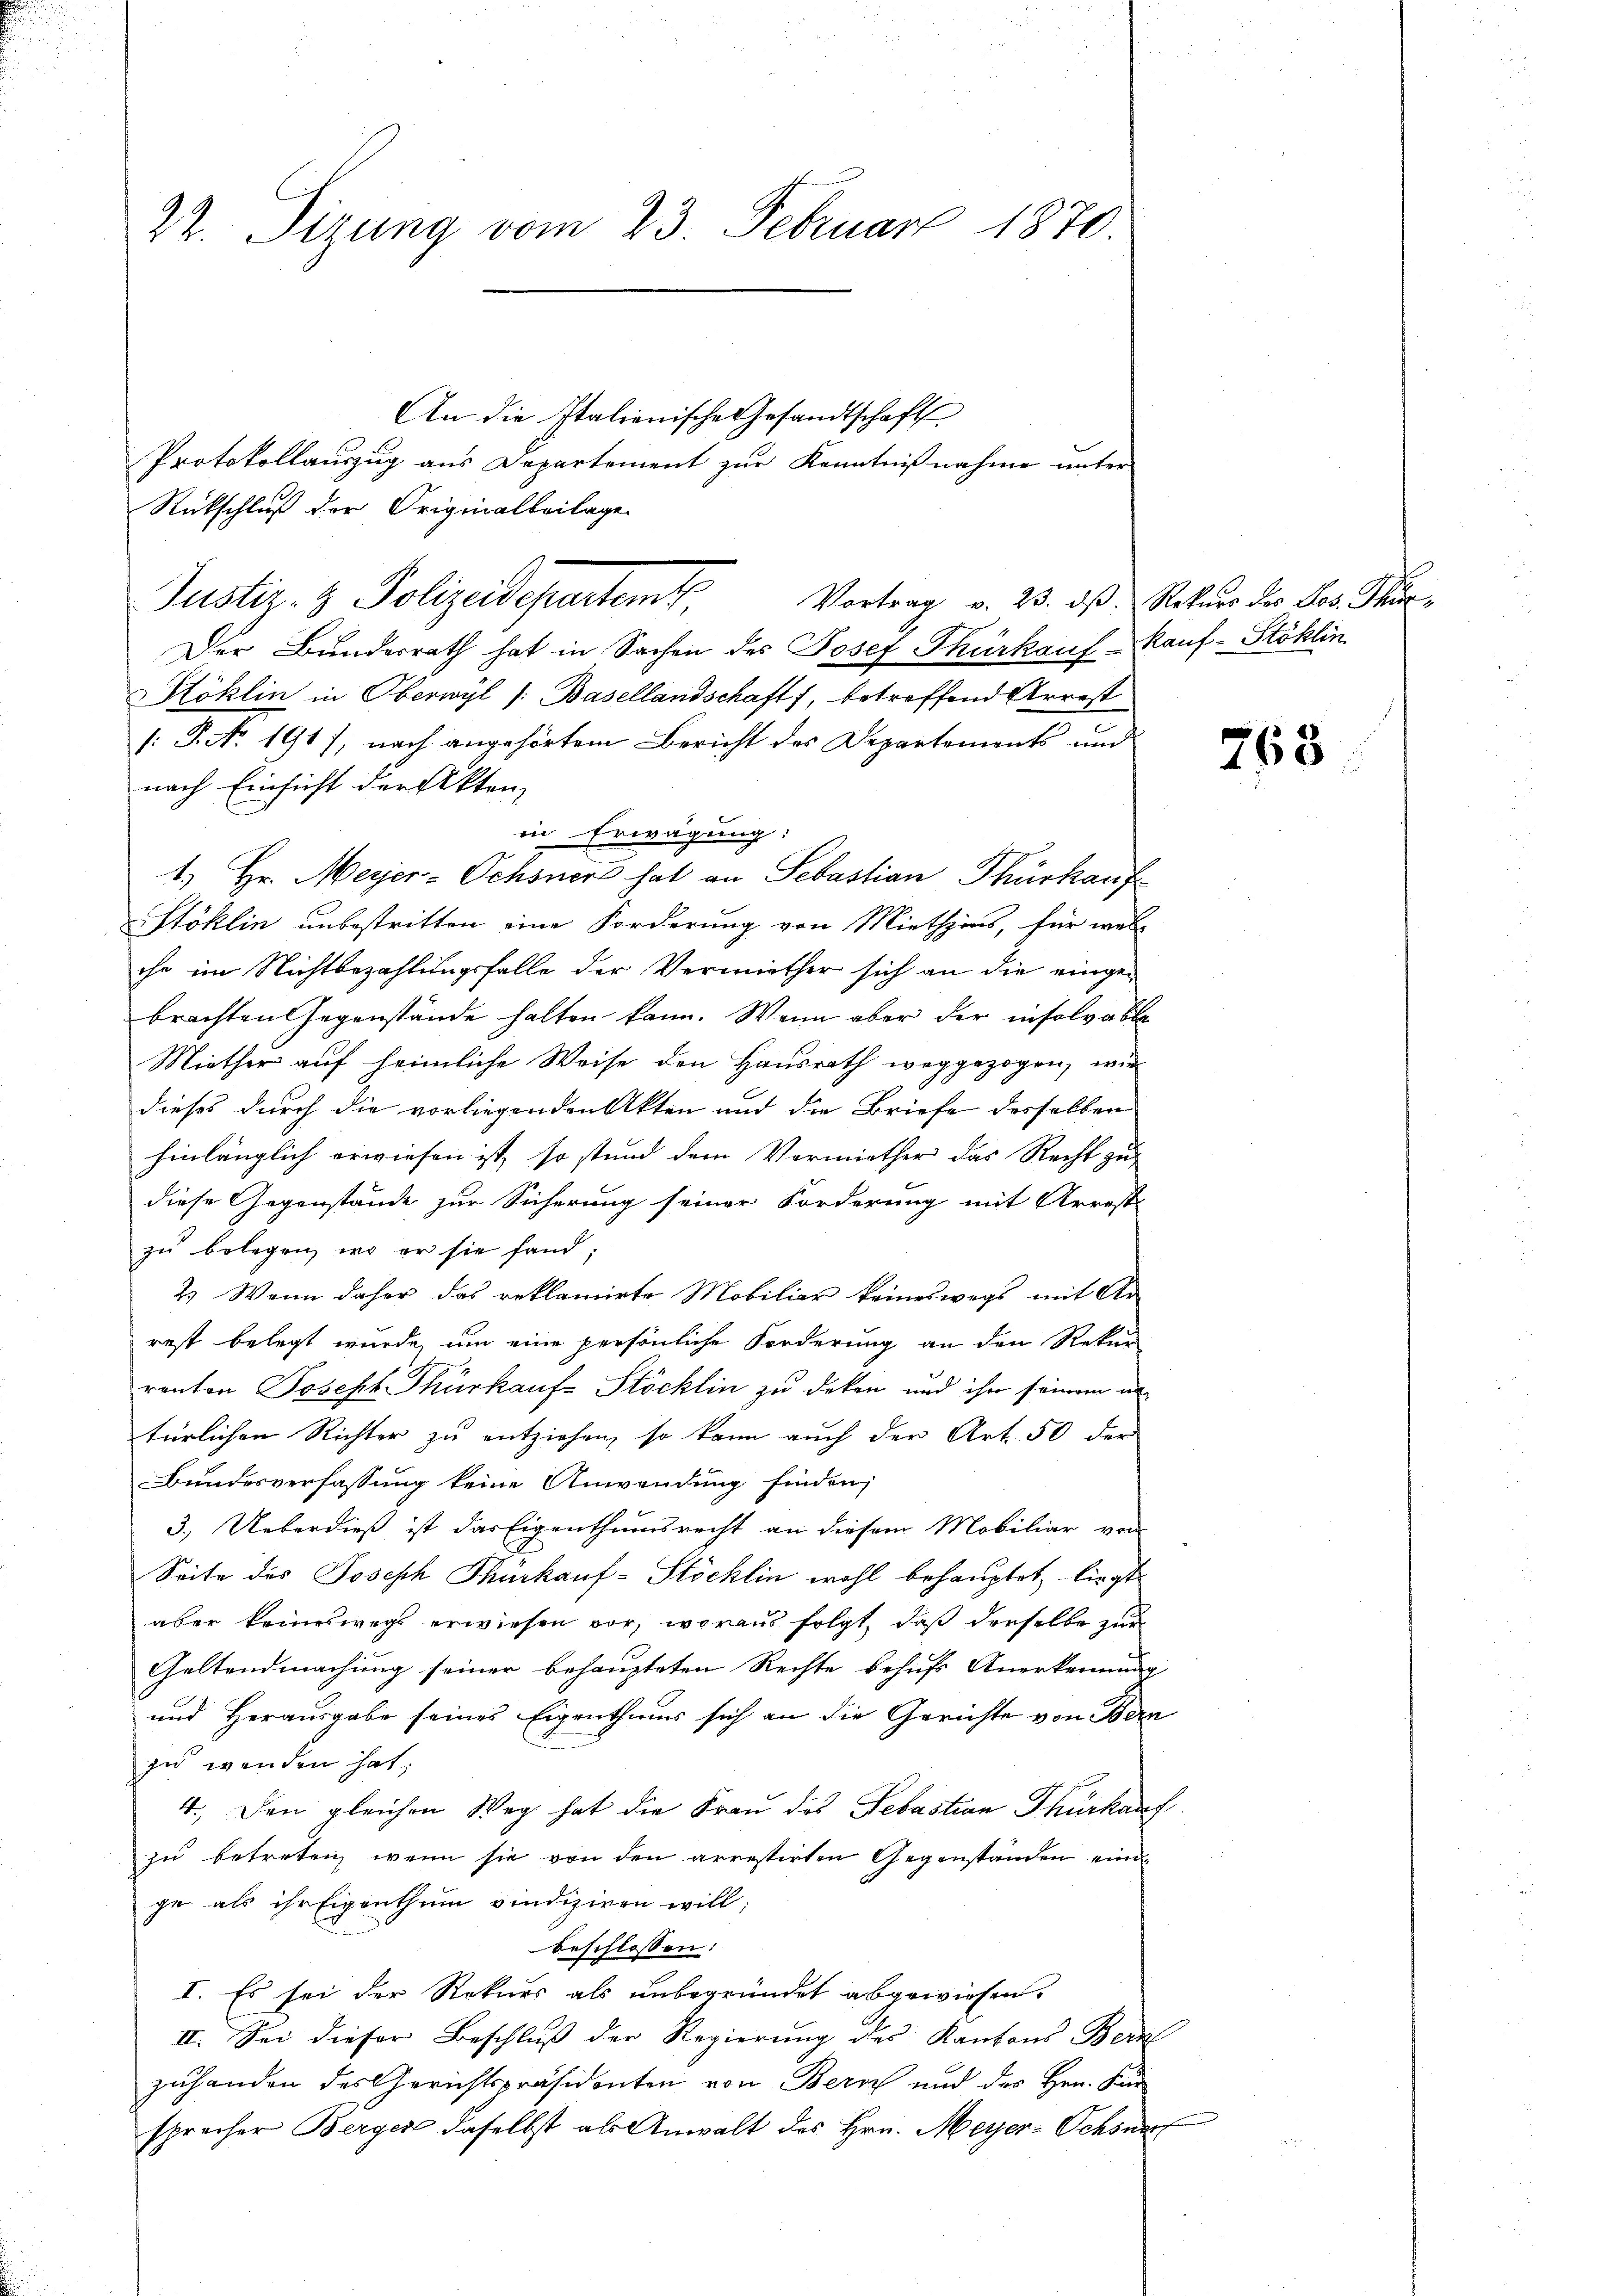
22. Sizung vom 23. Februar 1870.

Der Bundesrath hat in Sachen des Josef Thürkauf Kauf-Stöklin
Köklin in Oberwyl /: Basellandschaft, betreffend Arrest
/: P. No 191), nach angehörtem Bericht des Departements und
nach Einsicht der Akten,
in Erwägung:
1.) Hr. Meyer-Ochsnert hat an Sebastian Thürkauf
Stöklin unbestritten eine Forderung von Miethzins, für wel-
che im Nichtbezahlungsfalle der Vermiether sich an die eingebrachten Gegenstände halten kann. Wenn aber der insolvable
Miether auf heimliche Weise den Hausrath weggezogen, wie
dieses durch die vorliegenden Akten und die Briefe desselben
hinlänglich erwiesen ist, so stund dem Vormiether das Recht zu
diese Gegenstände zur Sicherung seiner Forderung mit Arresti
zu belegen, wo er sie fand;
2.) Wenn daher das reklamirte Mobiliar keineswegs mit Ar
rest belegt wurde, um eine persönliche Forderung an den Rekur
ranten Joseph Thürkaufs Stöcklin zu deken und ihn seinem in
türlichen Richter zu entziehen, so kann auch der Art. 50 der
Bundesverfassung keine Anwendung finden,
3.) Ueberdieß ist das Eigenthumsrecht an diesem Mobiliar von
Seite des Joseph Thurkauf-Stöcklin wohl behauptet, liegt
aber keineswegs erwiesen vor, woraus folgt, daß derselbe zur
Galtendmachung seiner behaupteten Rechte behufs Anerkennung
und Herausgabe seines Eigenthums sich an die Gerichte von Bern
zu wenden hat,
4. Den gleichen Weg hat die Frau des Sebastian Thürkauf
zu betreten, wenn sie von den arrestirten Gegenständen einen
ge als ihr Eigenthum vindiziren will;
beschlossen:
I. Es sei der Rekurs als unbegründet abgewiesen.
II. Sei dieser Beschluß der Regierung des Kantons Bern
zuhanden des Gerichtspräsidenten von Bern und der Hrn. Kur
sprecher Berger daselbst als Anwalt des Hrn. Meyer-Schönen

Rückschluß der Originalbeilage
Justiz- & Polizeidepartemet,

An die Italienische Gesandtschaft
Protokollauszug aus Departement zur Kenntnißnahme unter

Vortrag v. 23. dβ. Rekurs der Jos. Thur¬

763